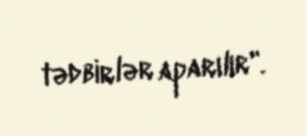
tədbirlər aparılır".